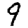
Digit: 9